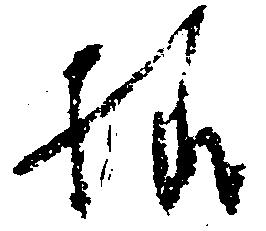
様